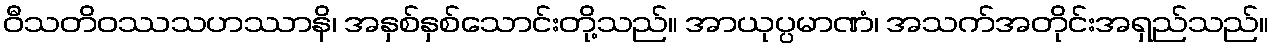
ဝီသတိဝဿသဟဿာနိ၊ အနှစ်နှစ်သောင်းတို့သည်။ အာယုပ္ပမာဏံ၊ အသက်အတိုင်းအရှည်သည်။